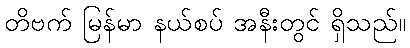
တိဗက် မြန်မာ နယ်စပ် အနီးတွင် ရှိသည်။